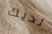
لديك